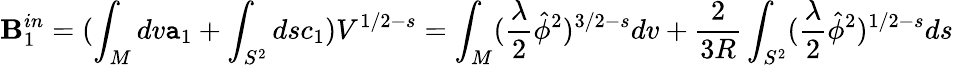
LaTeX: \mathbf{B}_{1}^{in}=(\int_{M}dv\mathtt{a}_{1}+\int_{S^{2}}dsc_{1})V^{1/2-s}=\int_{M}(\frac{{\lambda}}{{2}}\hat{{\phi}}^{2})^{3/2-s}dv+\frac{{2}}{{3R}}\int_{S^{2}}(\frac{{\lambda}}{{2}}\hat{{\phi}}^{2})^{1/2-s}ds